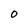
Character: O